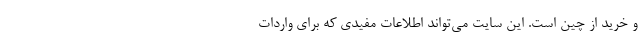
و خرید از چین است. این سایت می‌تواند اطلاعات مفیدی که برای واردات